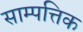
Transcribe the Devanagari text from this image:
साम्पत्तिक